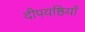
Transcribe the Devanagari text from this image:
दीपयष्ठियाँ